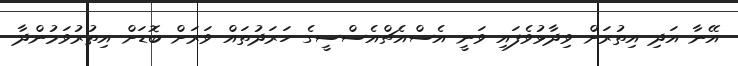
އޭނާ އަދި އިތުރަށް ވިދާޅުވެފައި ވަނީ އެސްއެޗްއެސްސީގެ ހަރަދުތައް ވަރަށް ބޮޑަށް އިތުރުވަމުންދާ